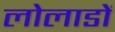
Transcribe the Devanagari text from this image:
लोलाडों